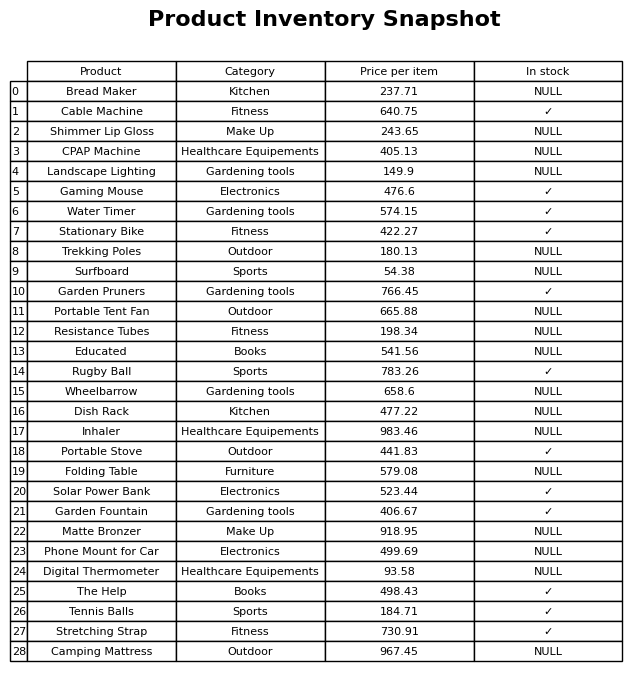
question: What is the price for Surfboard?
answer: The price of Surfboard is 54.38.